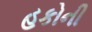
હકોની